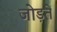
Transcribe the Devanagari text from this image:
जोड़तें